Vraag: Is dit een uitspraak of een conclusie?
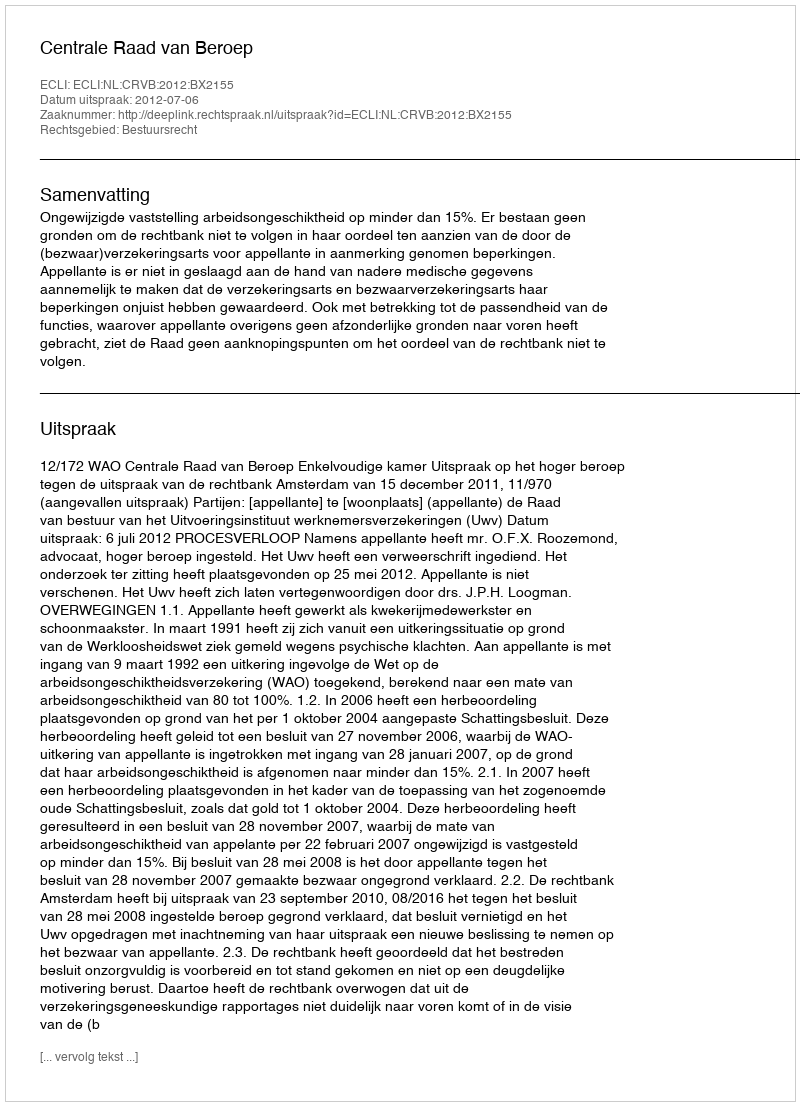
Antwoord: Uitspraak